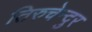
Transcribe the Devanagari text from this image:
तिरुचेन्दुर